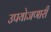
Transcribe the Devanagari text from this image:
उपयोजणारी